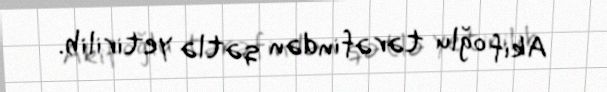
Akif oğlu tərəfindən qətlə yetirilib.